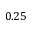
0 . 2 5